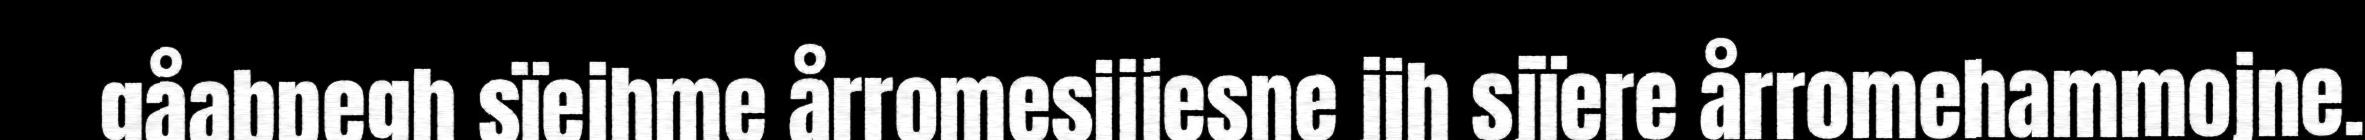
gåabpegh sïejhme årromesijjesne jih sjïere årromehammojne.